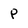
Character: p